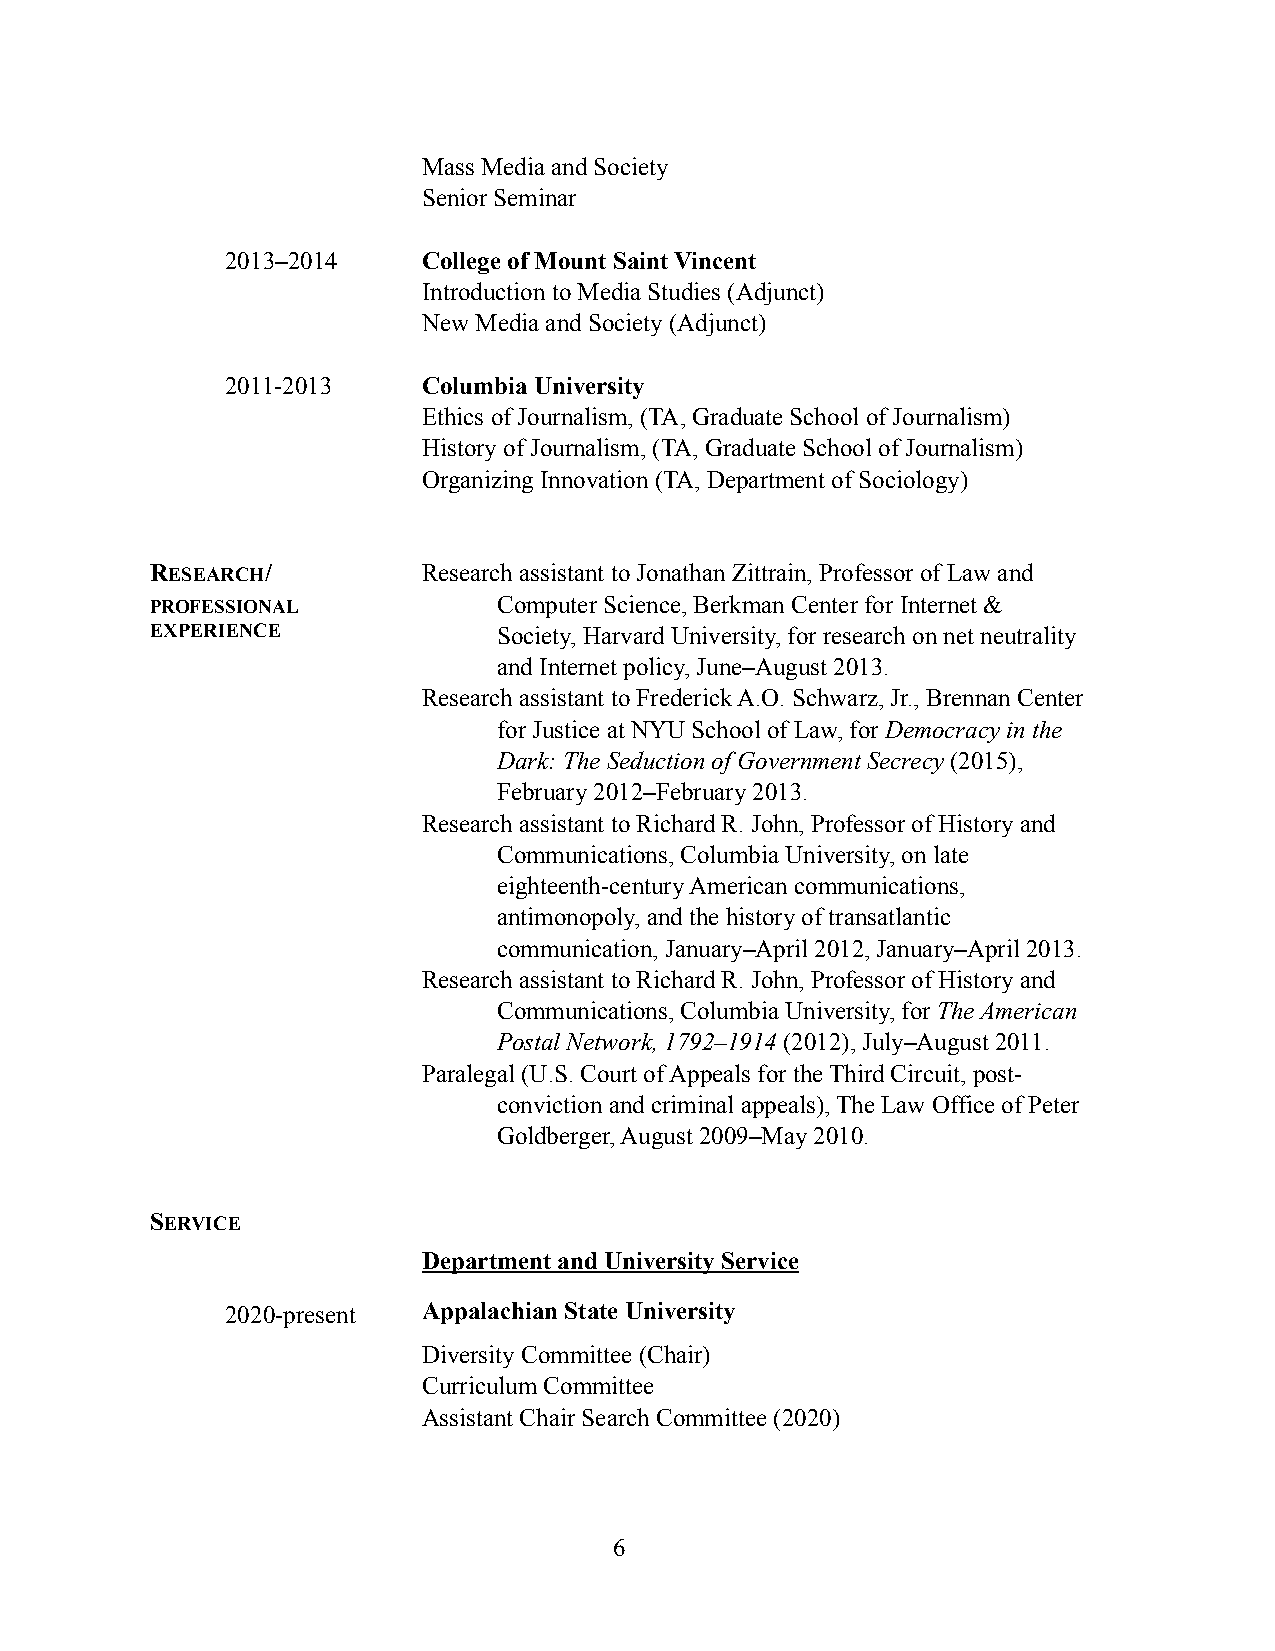
Mass Media and Society
 Senior Seminar
 2013–2014    College of Mount Saint Vincent
 Introduction to Media Studies (Adjunct)
 New Media and Society (Adjunct)
 2011-2013    Columbia University
 Ethics of Journalism, (TA, Graduate School of Journalism)
 History of Journalism, (TA, Graduate School of Journalism)
 Organizing Innovation (TA, Department of Sociology)
 RESEARCH/         Research assistant to Jonathan Zittrain, Professor of Law and
 PROFESSIONAL           Computer Science, Berkman Center for Internet &
 EXPERIENCE             Society, Harvard University, for research on net neutrality
 and Internet policy, June–August 2013.
 Research assistant to Frederick A.O. Schwarz, Jr., Brennan Center
 for Justice at NYU School of Law, for Democracy in the
 Dark: The Seduction of Government Secrecy (2015),
 February 2012–February 2013.
 Research assistant to Richard R. John, Professor of History and
 Communications, Columbia University, on late
 eighteenth-century American communications,
 antimonopoly, and the history of transatlantic
 communication, January–April 2012, January–April 2013.
 Research assistant to Richard R. John, Professor of History and
 Communications, Columbia University, for The American
 Postal Network, 1792–1914 (2012), July–August 2011.
 Paralegal (U.S. Court of Appeals for the Third Circuit, post-
 conviction and criminal appeals), The Law Office of Peter
 Goldberger, August 2009–May 2010.
 SERVICE
 Department and University Service
 2020-present Appalachian State University
 Diversity Committee (Chair)
 Curriculum Committee
 Assistant Chair Search Committee (2020)
 6